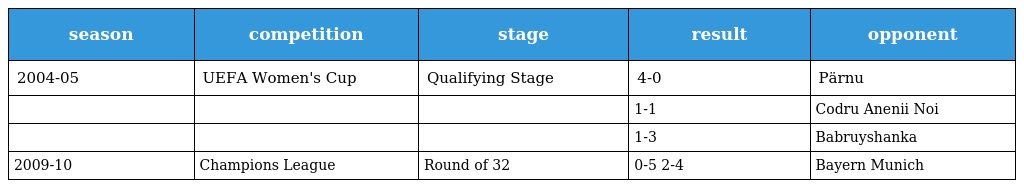
| season | competition | stage | result | opponent |
 | --- | --- | --- | --- | --- |
 | 2004-05 | UEFA Women's Cup | Qualifying Stage | 4-0 | Pärnu |
 |  |  |  | 1-1 | Codru Anenii Noi |
 |  |  |  | 1-3 | Babruyshanka |
 | 2009-10 | Champions League | Round of 32 | 0-5 2-4 | Bayern Munich |